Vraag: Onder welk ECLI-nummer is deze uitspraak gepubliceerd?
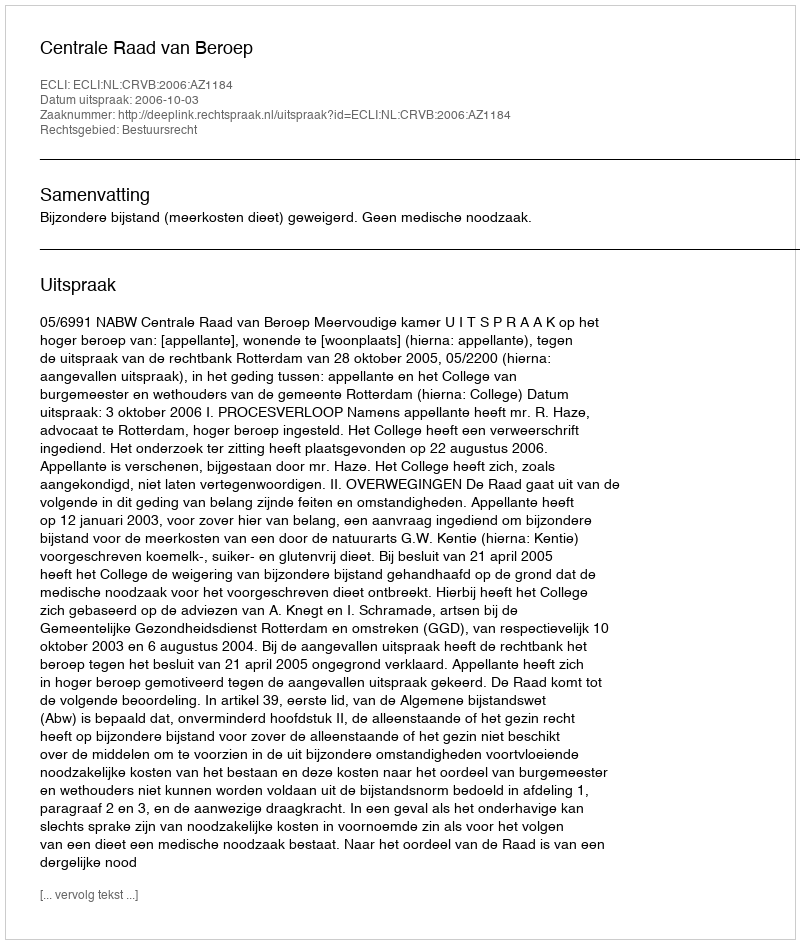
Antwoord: ECLI:NL:CRVB:2006:AZ1184